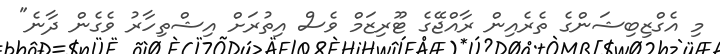
މި އެގްޒިބިޝަންގެ ތެރެއިން ރާއްޖޭގެ ޓޫރިޒަމް ވެސް އިތުރަށް އިޝްތިހާރު ވެގެން ދާނެ"